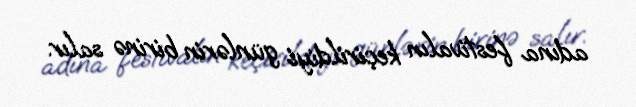
adına festivalın keçirildiyi günlərin birinə salır.